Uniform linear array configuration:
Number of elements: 24
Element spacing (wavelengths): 1
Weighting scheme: uniform
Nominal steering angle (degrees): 60
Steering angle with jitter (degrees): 58.392
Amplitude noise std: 0.05
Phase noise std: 0.05

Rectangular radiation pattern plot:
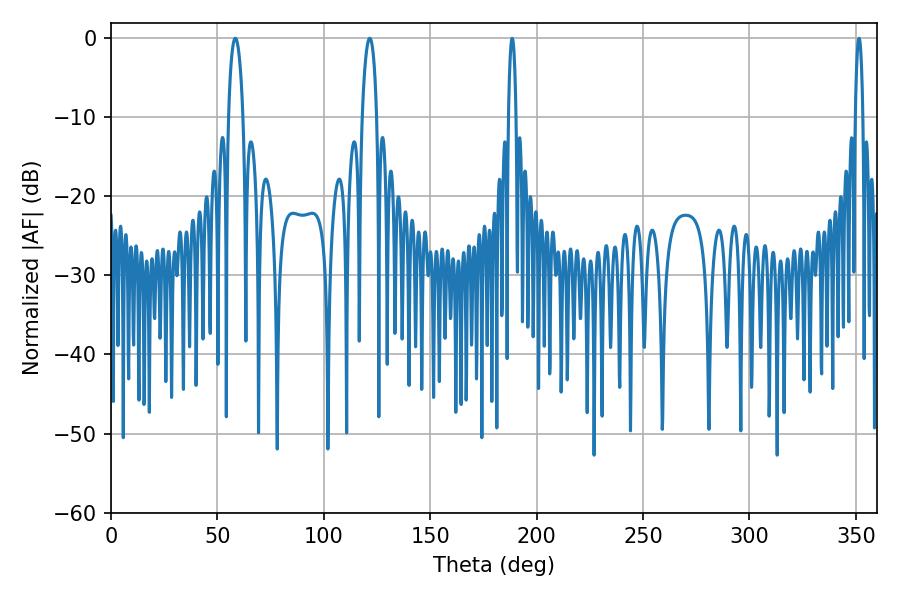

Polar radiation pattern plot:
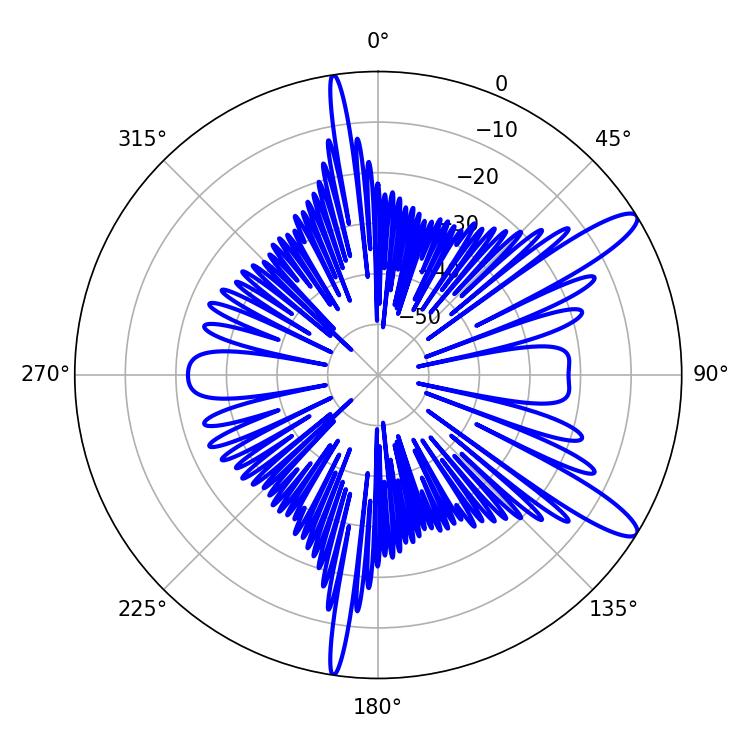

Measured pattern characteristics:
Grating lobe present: TRUE
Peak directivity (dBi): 12.193
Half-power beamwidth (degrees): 3.96
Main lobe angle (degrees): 58.5